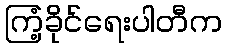
ကြံ့ခိုင်ရေးပါတီက